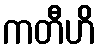
ကတီဟိ